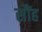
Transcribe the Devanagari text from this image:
सौंह